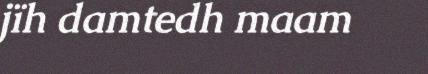
jïh damtedh maam